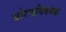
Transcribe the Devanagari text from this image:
धोरणविषयक